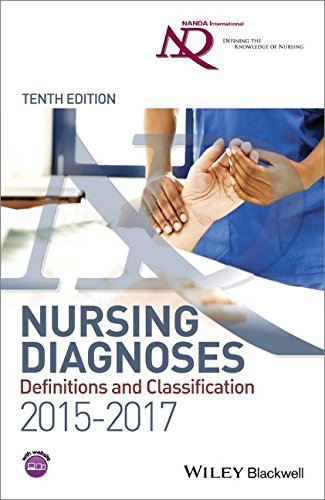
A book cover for Nursing Diagnoses 2015-17: Definitions and Classification; NANDA International; Medical Books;